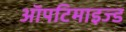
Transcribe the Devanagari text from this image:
ऑपटिमाइज्ड